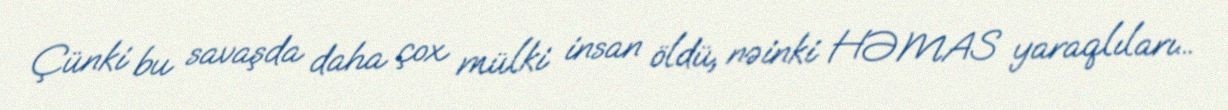
Çünki bu savaşda daha çox mülki insan öldü, nəinki HƏMAS yaraqlıları...